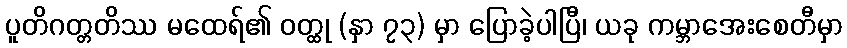
ပူတိဂတ္တတိဿ မထေရ်၏ ဝတ္ထု (နှာ ၇၃) မှာ ပြောခဲ့ပါပြီ၊ ယခု ကမ္ဘာအေးစေတီမှာ